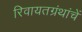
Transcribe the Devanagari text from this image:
रिवायतग्रंथांचें